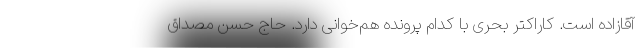
آقازاده است. کاراکتر بحری با کدام پرونده هم‌خوانی دارد. حاج حسن مصداق